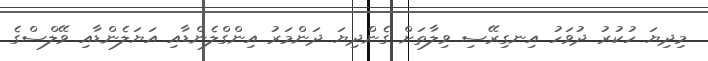
މިދިޔަ ހުކުރު ދުވަހު އިނގިރޭސި ވިލާތަށް ގެންދިޔަ ދަންމަރު އިންގްލެންޑާއި އަޔަލެންޑާއި ވޭލްސްގެ